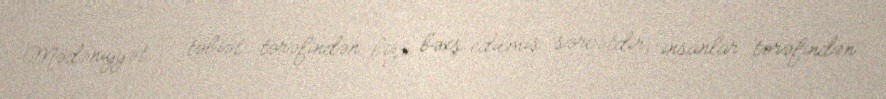
Mədəniyyət — təbiət tərəfindən bizə bəxş edilmiş sərvətdir, insanlar tərəfindən